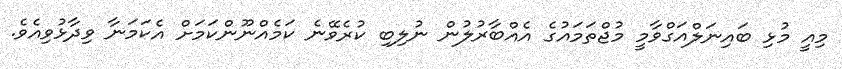
މިއީ މުޅި ބައިނަލްއަގްވާމީ މުޖްތަމައުގެ އެއްބާރުލުން ނުލިބި ކުރެވޭނެ ކަމެއްނޫންކަމަށް އެކަމަނާ ވިދާޅުވިއެވެ.